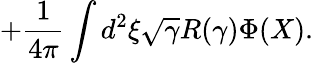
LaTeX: +\frac{1}{4\pi}\int d^{2}\xi\sqrt{\gamma}R(\gamma)\Phi(X).